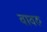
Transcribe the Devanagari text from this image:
वावरु